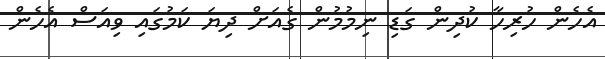
އެހެން ހުރިހާ ކުުދިން ގަޑި ނިމުމުން ގެއަށް ދިޔަ ކަމުގައި ވިއަސް އެހެން